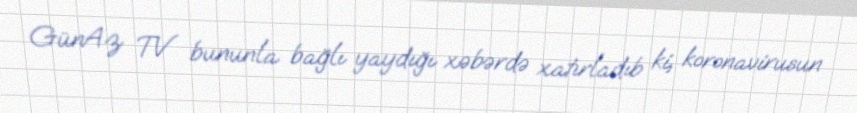
GünAz TV bununla bağlı yaydığı xəbərdə xatırladıb ki, koronavirusun